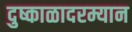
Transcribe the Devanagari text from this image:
दुष्काळादरम्यान